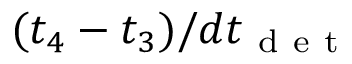
( t _ { 4 } - t _ { 3 } ) / d t _ { \mathrm { ~ d ~ e ~ t ~ } }